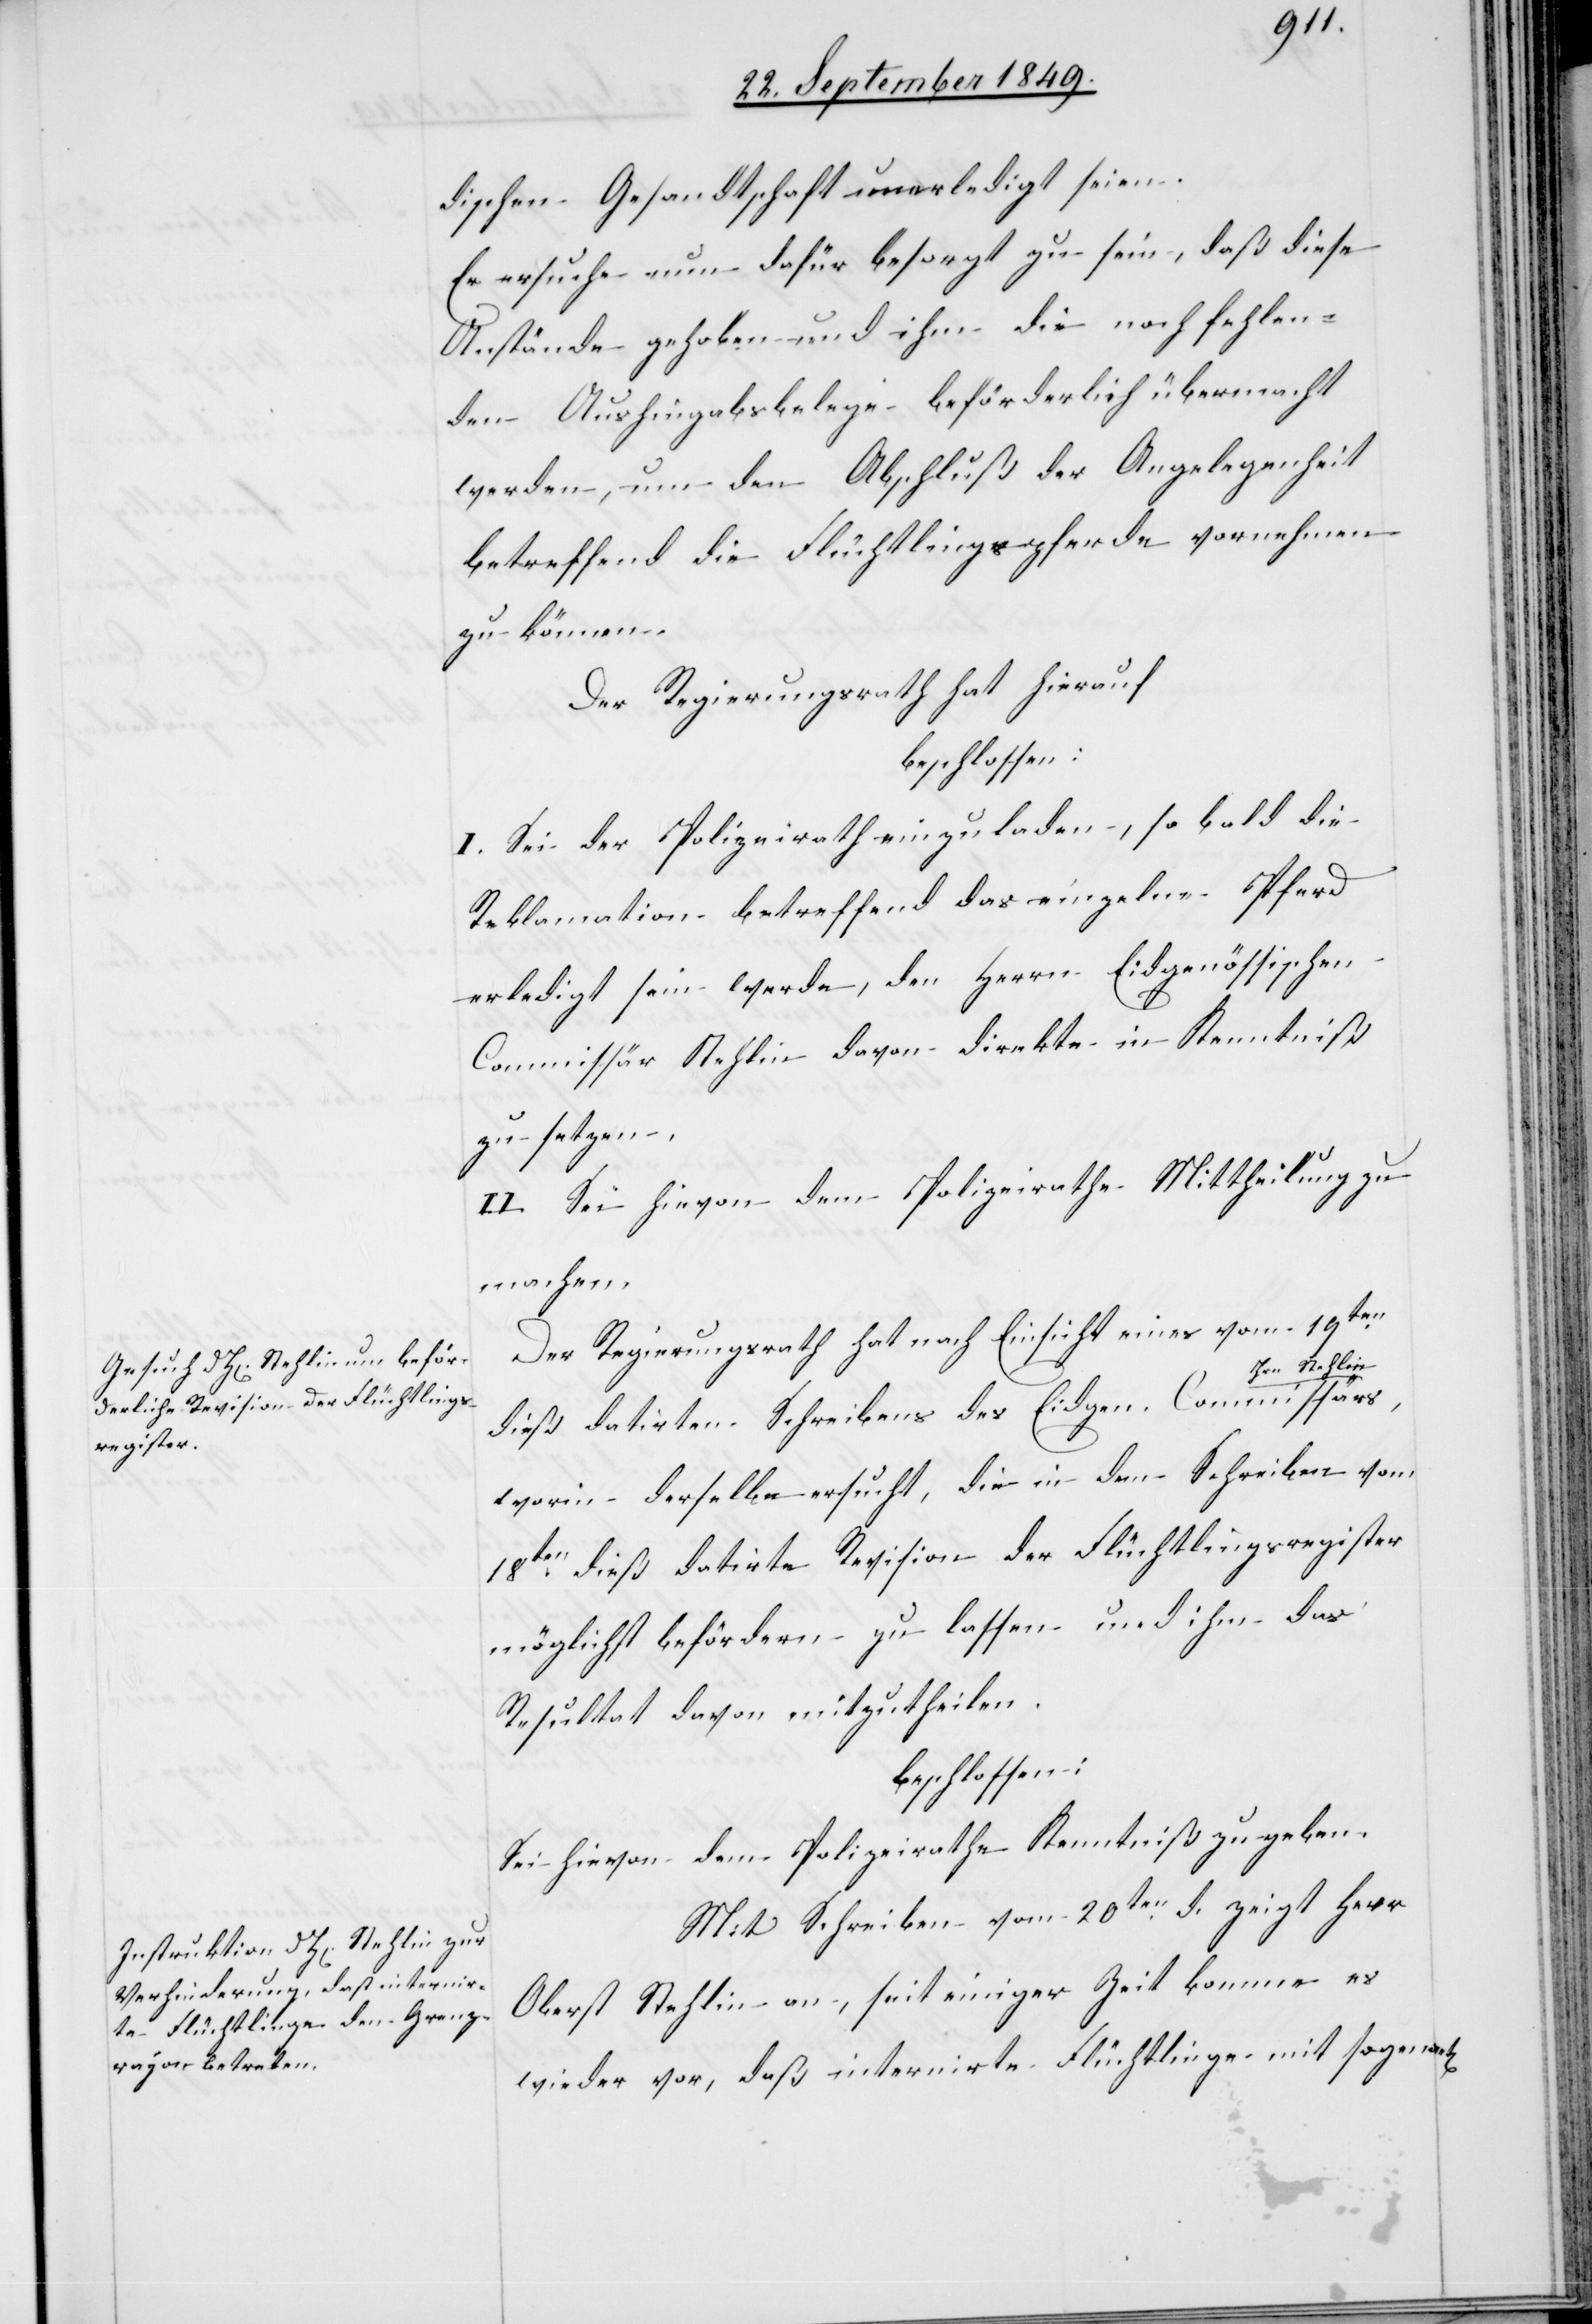
nt[en]
dischen Gesandtschaft unerledigt seien.
Er ersuche nun dafür besorgt zu sein, daß diese
Anstände gehoben und ihm die noch fehlen¬
den Aushingabsbelege beförderlich übermacht
werden, um den Abschluß der Angelegenheit
betreffend die Flüchtlingspferde vornehmen
zu können.
Der Regierungsrath hat hierauf
beschlossen:
I. Sei der Polizeirath einzuladen, so bald die
Reklamation betreffend das einzelne Pferd
erledigt sein werde, den Herrn Eidgenössischen
Commissär Stehlin davon direkte in Kenntniß
zu setzen.
II. Sei hievon dem Polizeirathe Mittheilung zu
machen.
Der Regierungsrath hat nach Einsicht eines vom 19ten
a-Hrn. Stehlin-a,
dieß datirten Schreibens des Eidgen. Commissärs
worin derselbe ersucht, die in den Schreiben vom
18ten dieß datirte Revision der Flüchtlingsregister
möglichst befördern zu lassen und ihm das
Resultat davon mitzutheilen.
beschlossen:
Sei hievon dem Polizeirathe Kenntniß zu geben.
Mit Schreiben vom 20ten d. zeigt Herr
Oberst Stehlin an, seit einiger Zeit komme es
wieder vor, daß internirte Flüchtlinge mit sogenan¬